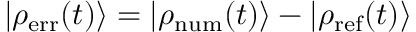
| \rho _ { \mathrm { e r r } } ( t ) \rangle = | \rho _ { \mathrm { n u m } } ( t ) \rangle - | \rho _ { \mathrm { r e f } } ( t ) \rangle